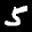
Label: 5